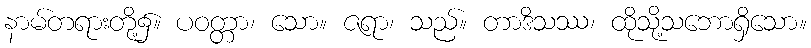
နာမ်တရားတို့၌။ ပဝတ္တာ၊ သော။ ဇရာ၊ သည်။ တာဒိသဿ၊ ထိုသို့သဘောရှိသော။